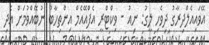
އޭވައިއެލްދިރާގު ދިވެހި ލީގު: ނިއު - ވިކްޓްރީ އެފްއޭއެމް އިންތިހާބު ނުބޭއްވުމަށް އެދި